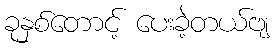
ခုနှစ်တောင့် ပေးခဲ့တယ်ဗျ